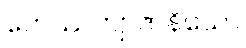
ဟေဿတျာဇာနိယော